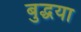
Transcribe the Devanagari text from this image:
बुद्धया